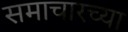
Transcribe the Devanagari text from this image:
समाचारच्या